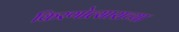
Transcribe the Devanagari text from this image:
किरणोत्साराच्या